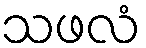
သဖလံ